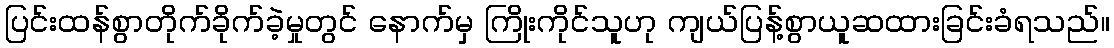
ပြင်းထန်စွာတိုက်ခိုက်ခဲ့မှုတွင် နောက်မှ ကြိုးကိုင်သူဟု ကျယ်ပြန့်စွာယူဆထားခြင်းခံရသည်။